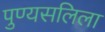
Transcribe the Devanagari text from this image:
पुण्यसलिला